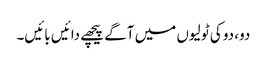
دو، دو کی ٹولیوں میں آگے پیچھے دائیں بائیں۔